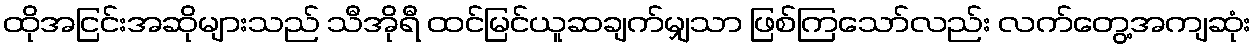
ထိုအငြင်းအဆိုများသည် သီအိုရီ ထင်မြင်ယူဆချက်မျှသာ ဖြစ်ကြသော်လည်း လက်တွေ့အကျဆုံး